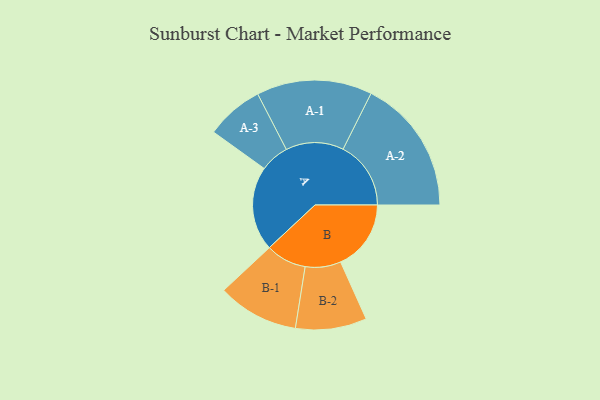
{"axis": {"x": "Segment", "y": "Value"}, "legend": ["", "A", "B"], "data": [{"x": "A", "y": 353, "type": ""}, {"x": "B", "y": 295, "type": ""}, {"x": "A-1", "y": 242, "type": "A"}, {"x": "A-2", "y": 284, "type": "A"}, {"x": "A-3", "y": 121, "type": "A"}, {"x": "B-1", "y": 170, "type": "B"}, {"x": "B-2", "y": 149, "type": "B"}]}